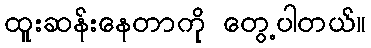
ထူးဆန်းနေတာကို တွေ့ပါတယ်။